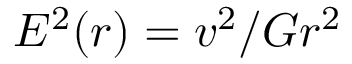
E ^ { 2 } ( r ) = v ^ { 2 } / G r ^ { 2 }